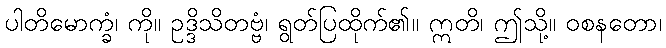
ပါတိမောက္ခံ၊ ကို။ ဥဒ္ဒိသိတဗ္ဗံ၊ ရွတ်ပြထိုက်၏။ ဣတိ၊ ဤသို့။ ဝစနတော၊